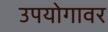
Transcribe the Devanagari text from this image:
उपयोगावर